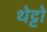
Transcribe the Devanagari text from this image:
थेट्टो